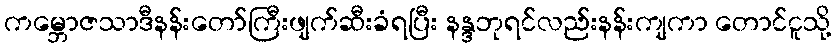
ကမ္ဘောဇသာဒီနန်းတော်ကြီးဖျက်ဆီးခံရပြီး နန္ဒဘုရင်လည်းနန်းကျကာ တောင်ငူသို့